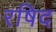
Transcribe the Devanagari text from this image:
रषिद